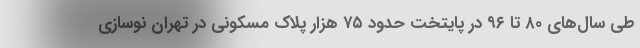
طی سال‌های ۸۰ تا ۹۶ در پایتخت حدود ۷۵ هزار پلاک مسکونی در تهران نوسازی